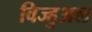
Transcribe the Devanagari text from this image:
विज्हुअल